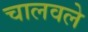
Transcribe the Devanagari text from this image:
चालवले